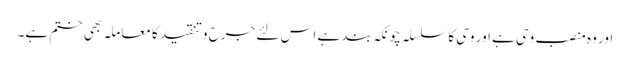
اور وہ منصب وحی ہے اور وحی کا سلسلہ چونکہ بند ہے اس لئے جرح وتنقید کا معاملہ بھی ختم ہے۔